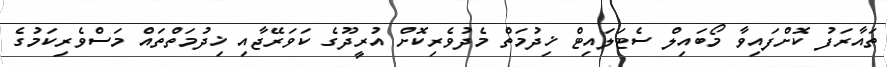
ތައާރަފު ކޮށްފައިވާ މޯބައިލް ސެޓަލައިޓް ޚިދުމަތް މެދުވެރިކޮށް އުރީދޫގެ ކަވަރޭޖާއި ޚިދުމަތްތައް މަސްވެރިކަމުގެ